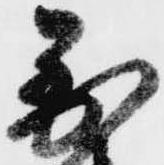
到